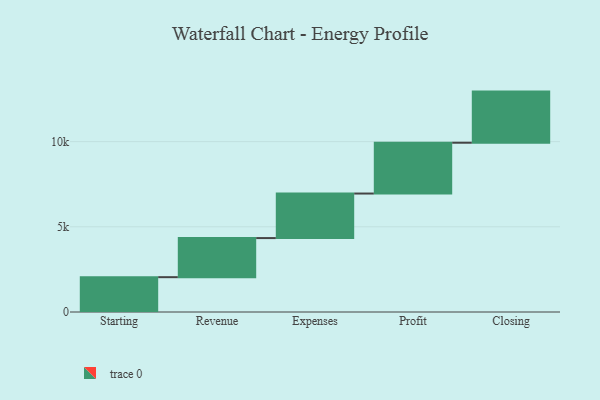
{"axis": {"x": "Step", "y": "Value"}, "legend": [""], "data": [{"x": "Starting", "y": 2044.0, "type": ""}, {"x": "Revenue", "y": 2294.0, "type": ""}, {"x": "Expenses", "y": 2614.0, "type": ""}, {"x": "Profit", "y": 2983.0, "type": ""}, {"x": "Closing", "y": 3000, "type": ""}]}